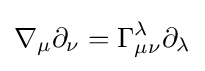
\nabla _{\mu }\partial _{\nu }=\Gamma _{\mu \nu }^{\lambda }\partial _{\lambda }